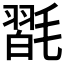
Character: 𣯮